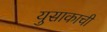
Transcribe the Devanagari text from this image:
युसाकाची